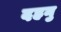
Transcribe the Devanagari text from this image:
दहनु